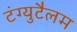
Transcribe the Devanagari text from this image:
टंग्युटैलम